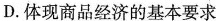
D.体现商品经济的基本要求